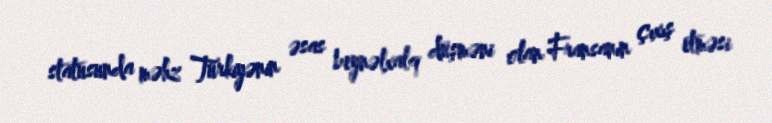
statusunda məhz Türkiyənin əsas beynəlxalq düşməni olan Fransanın çıxış etməsi